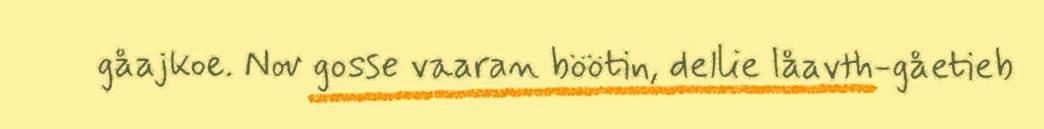
gåajkoe. Nov gosse vaaran böötin, dellie låavth-gåetieb